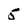
Character: 5